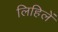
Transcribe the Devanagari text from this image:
लिहिलें